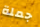
جملة